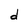
Character: d